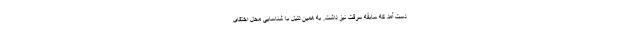
دست آمد که سابقه سرقت نیز داشت. به همین دلیل با شناسایی محل اختفای